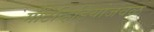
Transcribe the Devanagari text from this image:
मॉँटेव्हिडियोजवळ